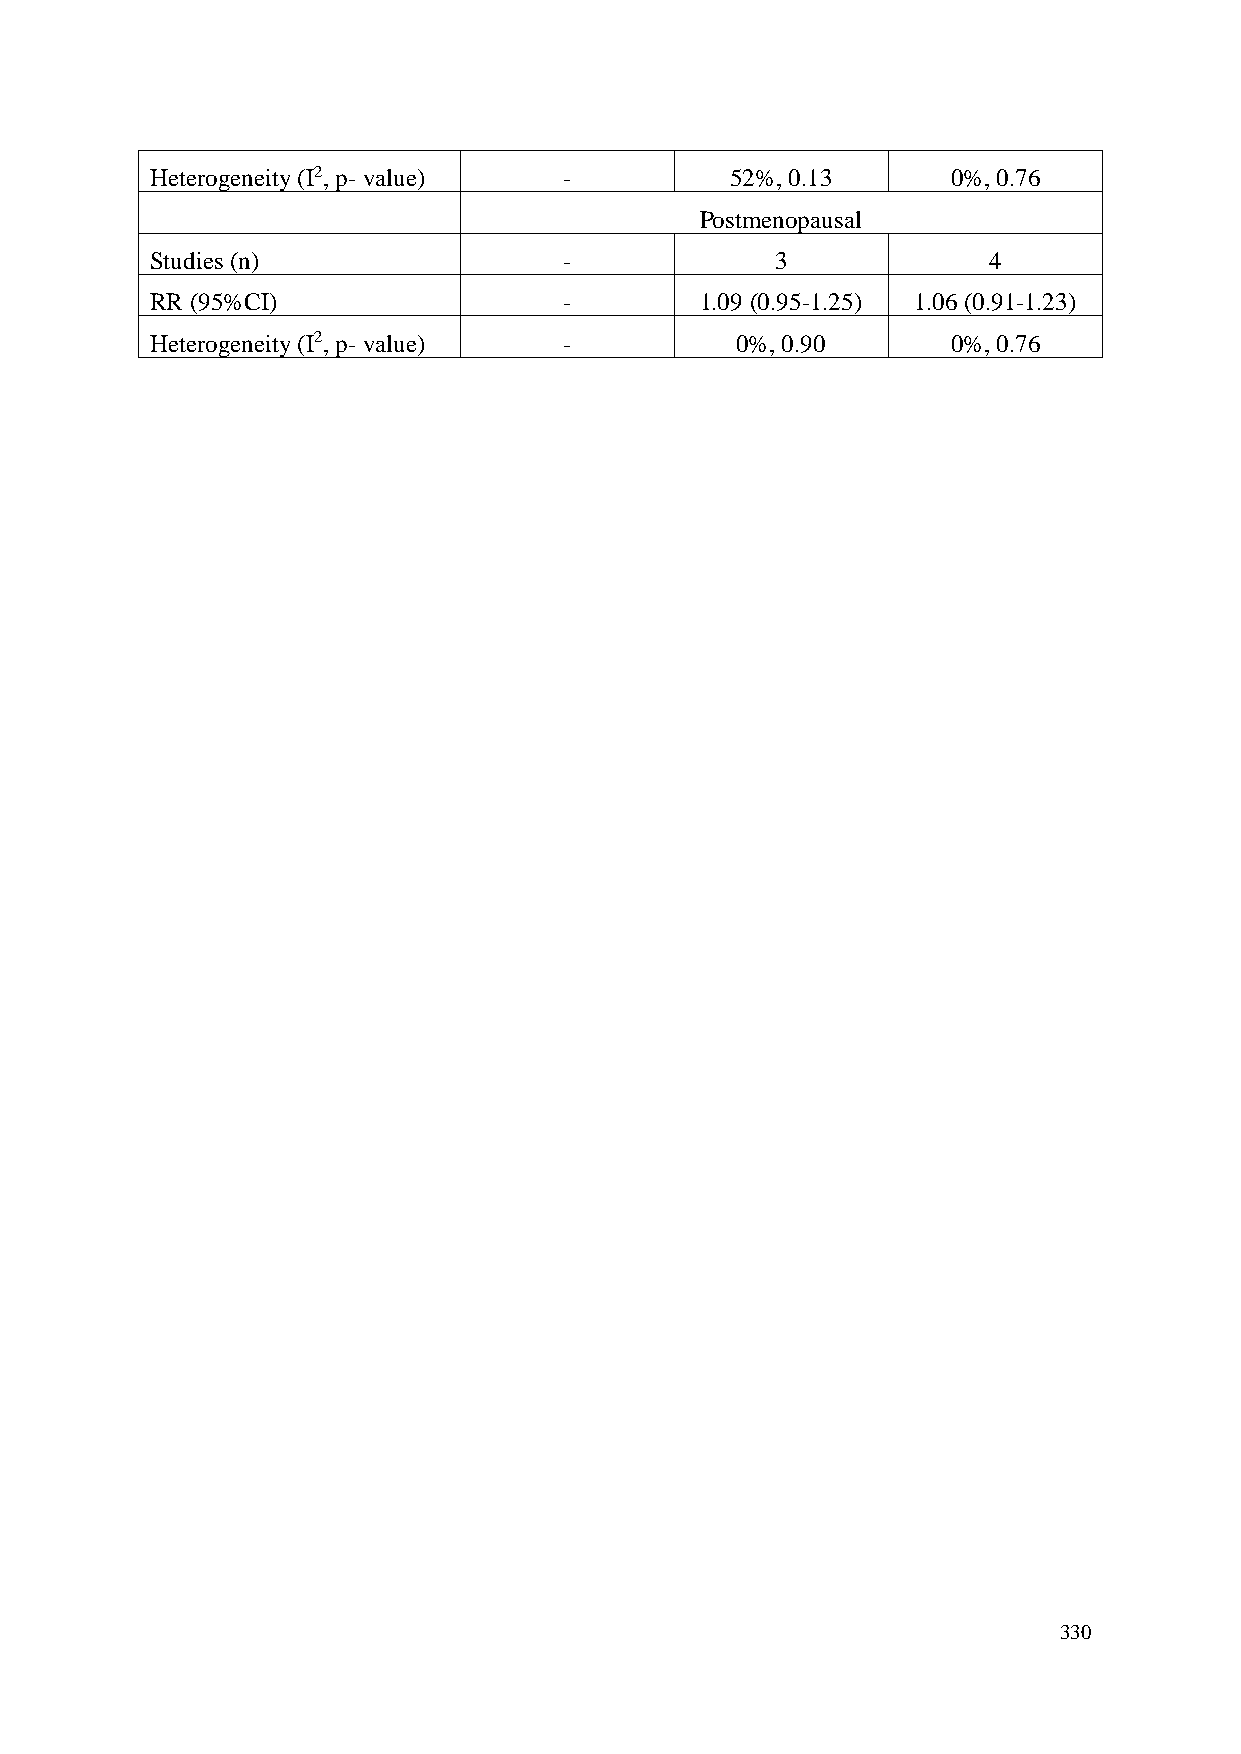
Heterogeneity (I2, p- value) -        52%, 0.13      0%, 0.76
 Postmenopausal
 Studies (n)                -             3             4
 RR (95%CI)                 -        1.09 (0.95-1.25) 1.06 (0.91-1.23)
 Heterogeneity (I2, p- value) -         0%, 0.90      0%, 0.76
 330